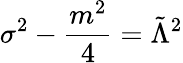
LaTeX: \sigma^{2}-\frac{m^{2}}{4}=\tilde{\Lambda}^{2}